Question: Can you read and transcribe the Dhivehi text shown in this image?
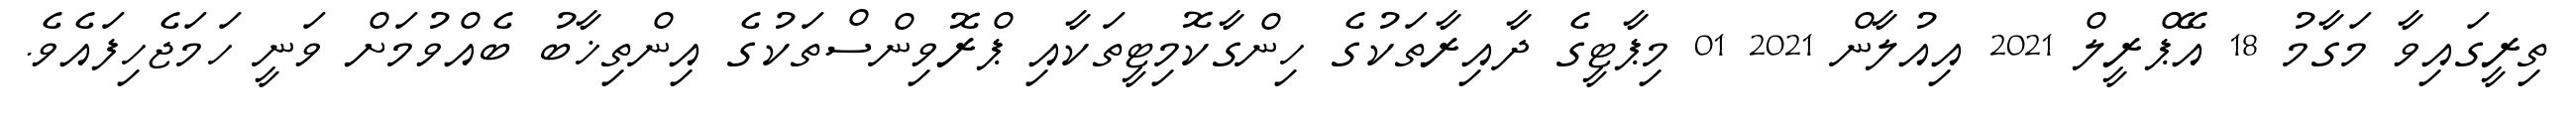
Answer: ތިރީގައިވާ މަގާމު 18 އޭޕްރީލް 2021 އިއުލާން 2021 01 މިޕާޓީގެ ދާއިރާތަކުގެ ހިންގާކޮމިޓީތަކާއި ޕްރޮވިންސްތަކުގެ އިންތިޚާބު ބެއްވުމަށް ވަނީ ހަމަޖެހިފައެވެ.